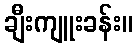
ချီးကျူးခန်း။